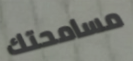
مسامحتك